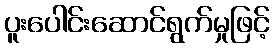
ပူးပေါင်းဆောင်ရွက်မှုဖြင့်